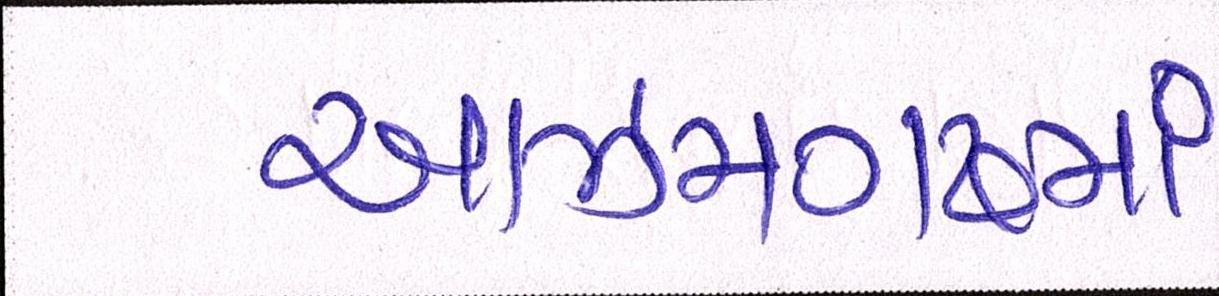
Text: આઝમગઢમાં